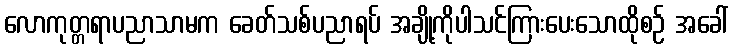
လောကုတ္တရာပညာသာမက ခေတ်သစ်ပညာရပ် အချို့ကိုပါသင်ကြားပေးသောထိုစဉ် အခေါ်